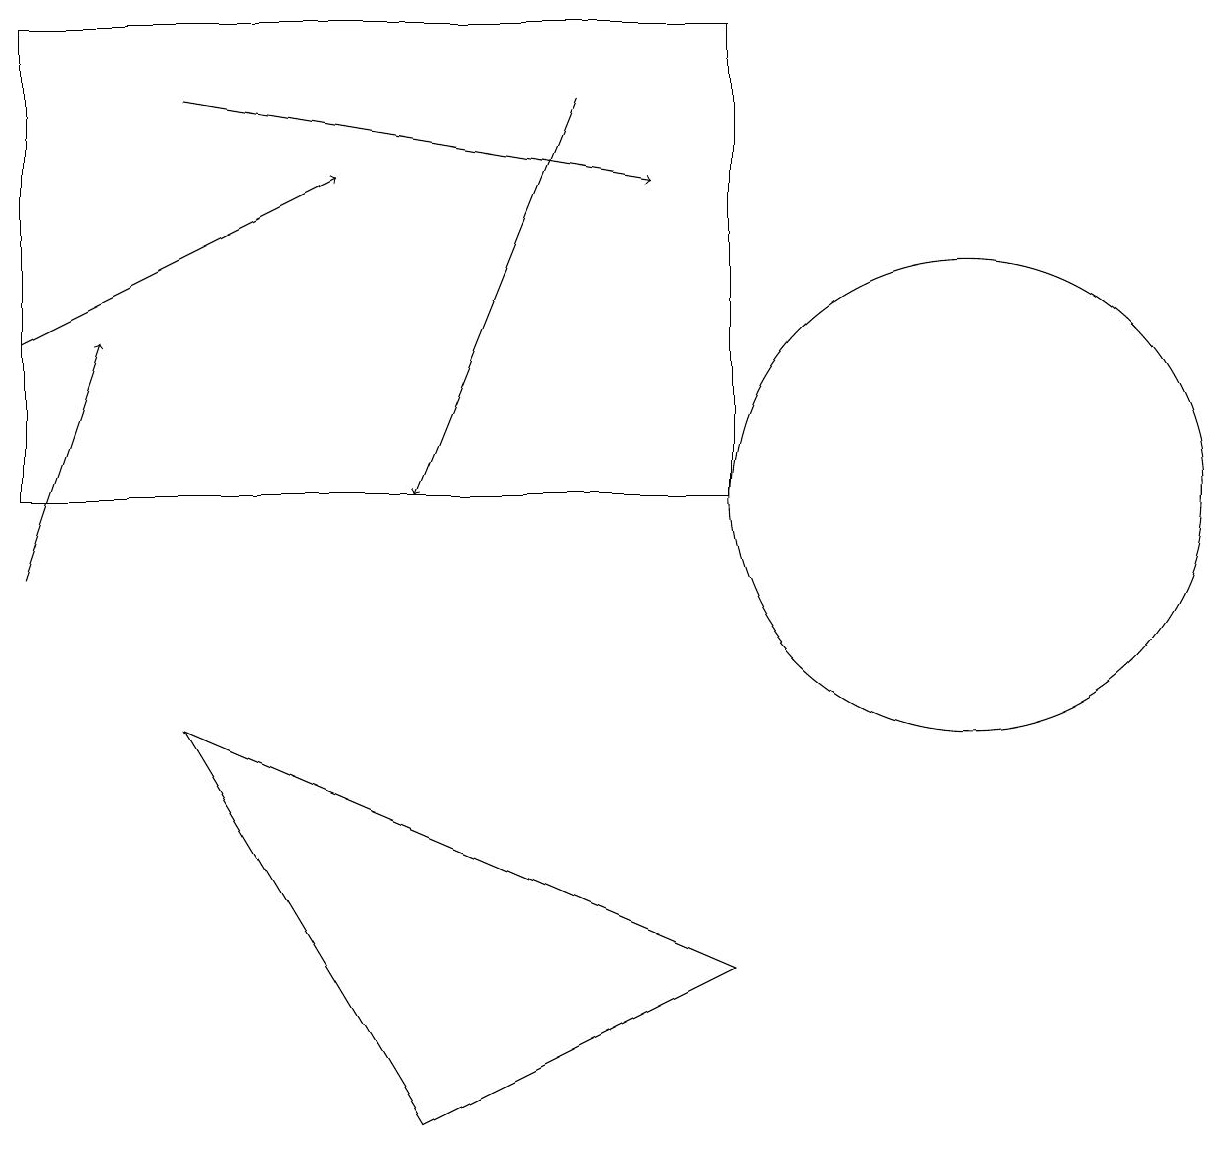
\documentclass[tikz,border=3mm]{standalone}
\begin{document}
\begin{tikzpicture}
\draw (0,11) rectangle (9,17);
\draw[->] (0,10) -- (1,13);
\draw[->] (7,16) -- (5,11);
\draw (2,8) -- (5,3) -- (9,5) -- cycle;
\draw (12,11) circle (3);
\draw[->] (0,13) -- (4,15);
\draw[->] (2,16) -- (8,15);
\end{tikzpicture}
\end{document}